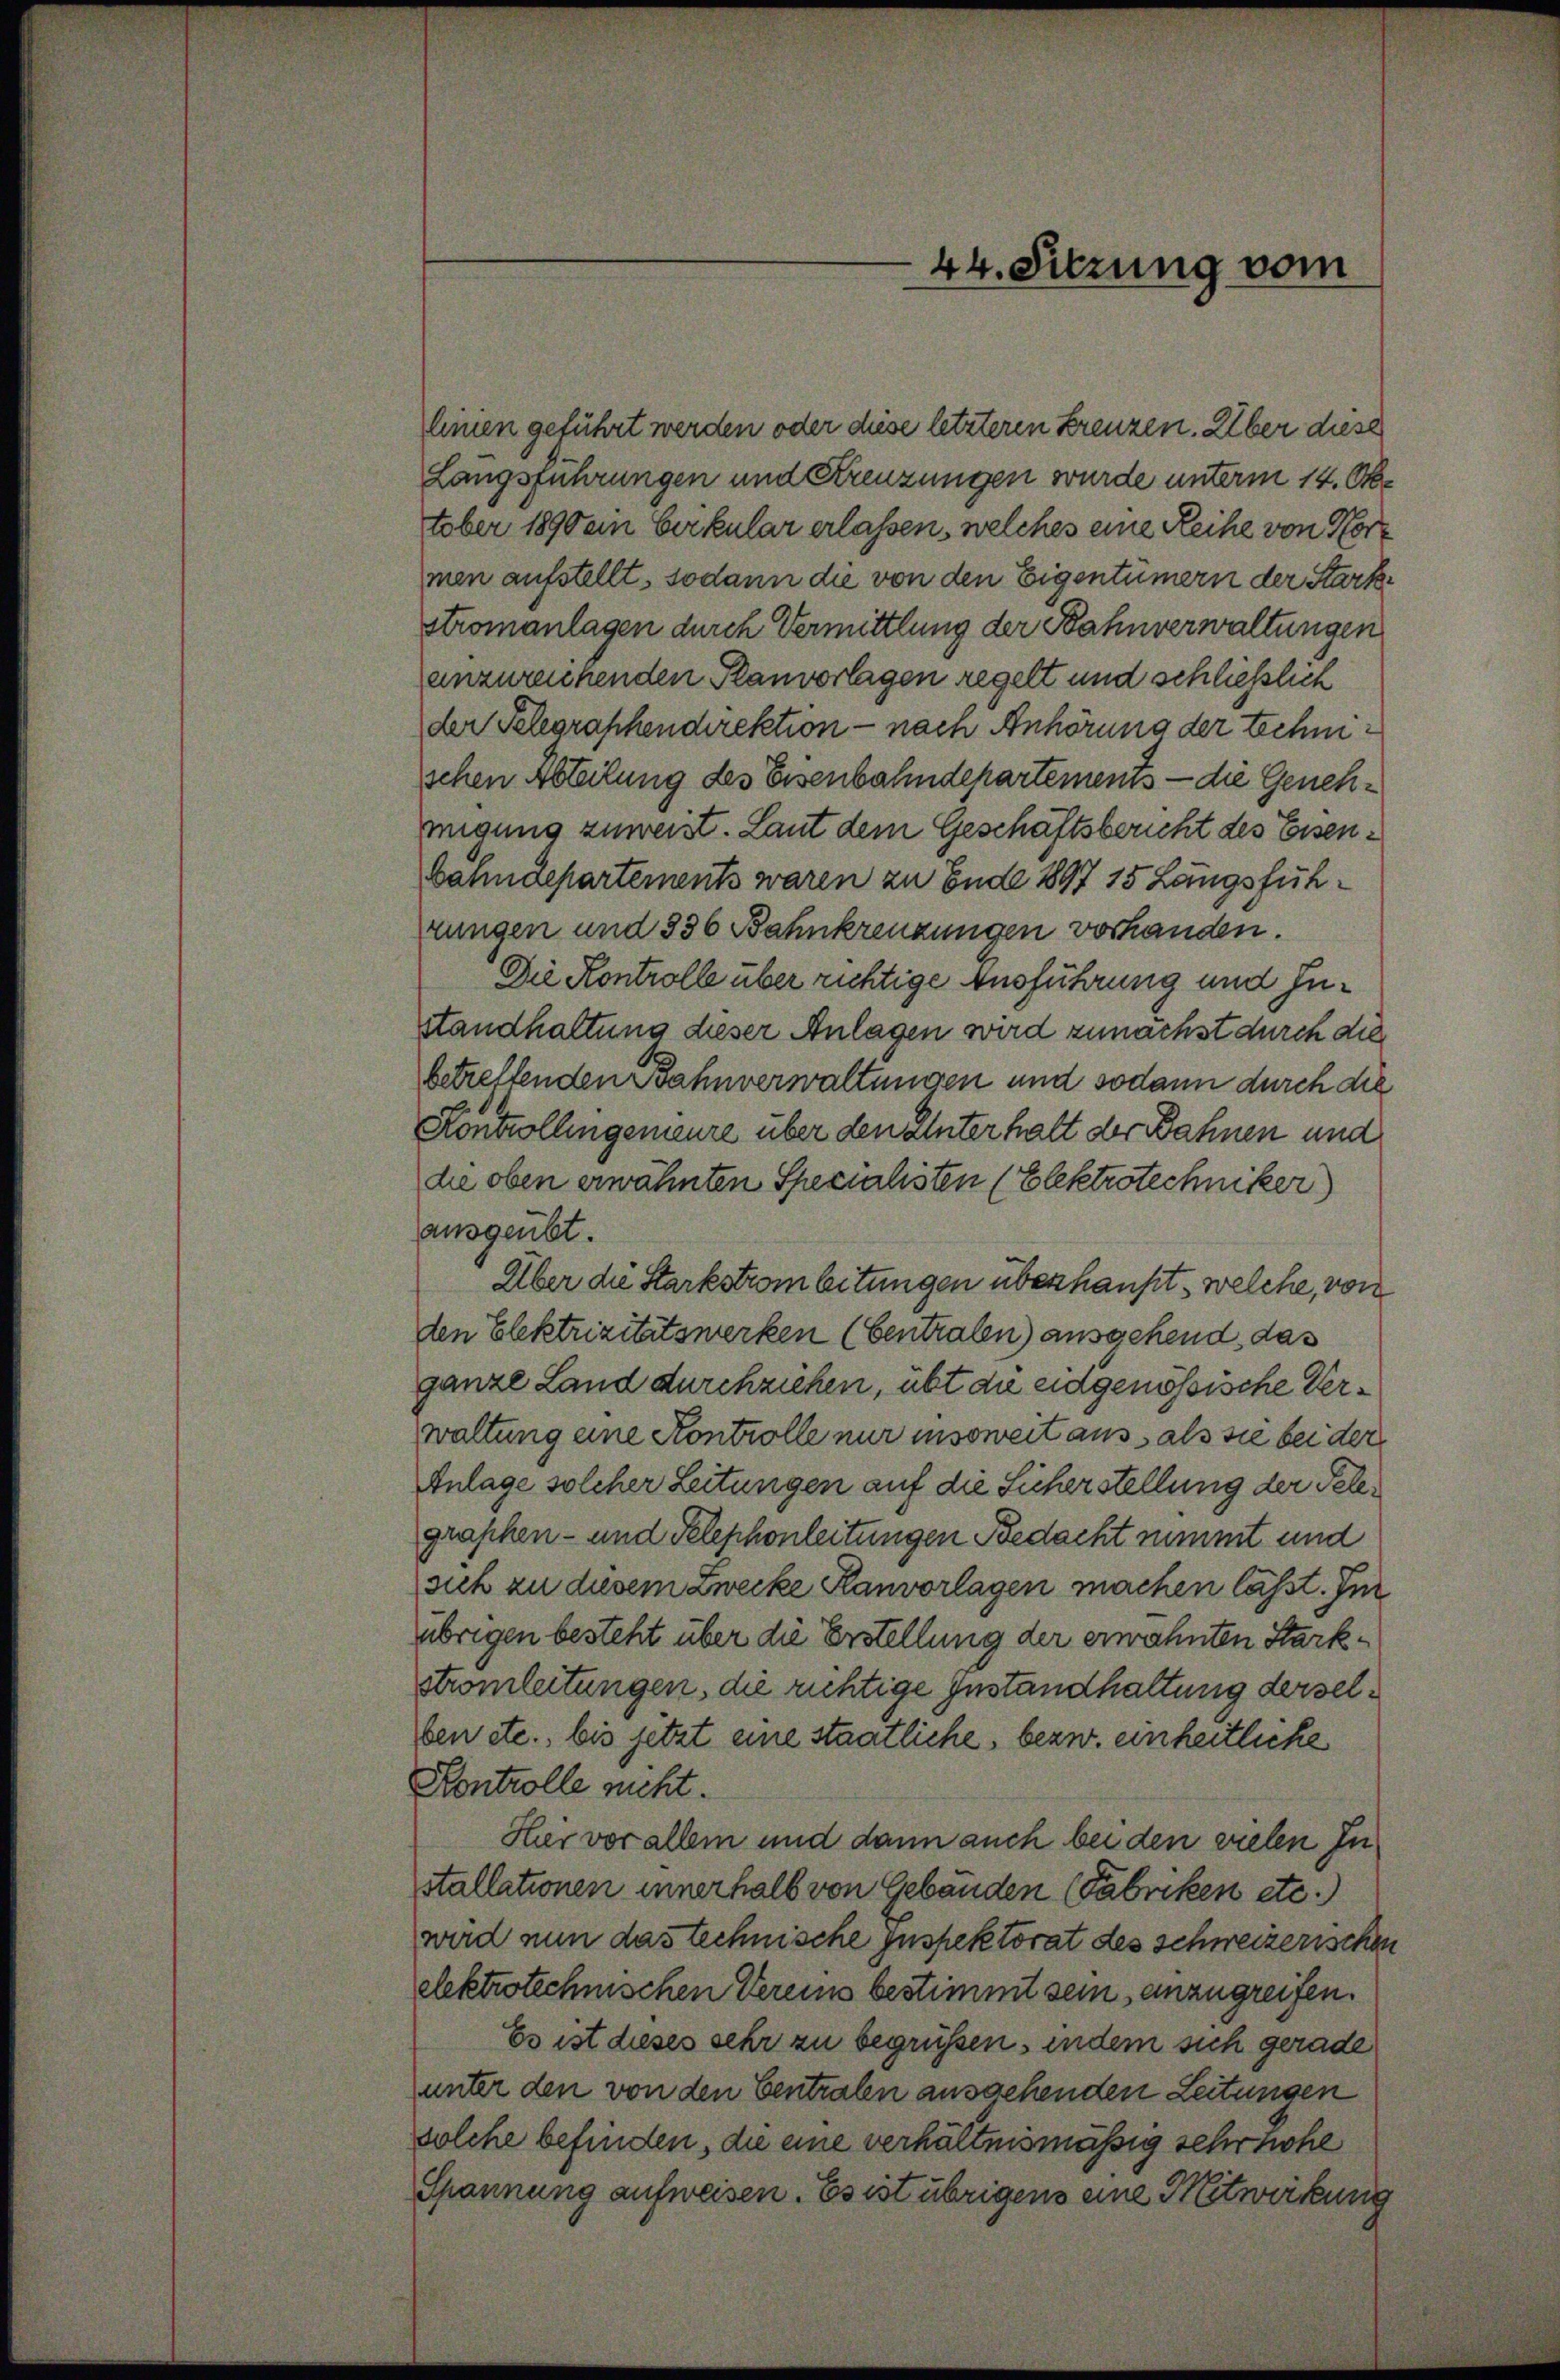
linien geführt werden oder diese letzteren Kreuzen. Über diese
Langsführungen und Kreuzungen wurde unterm 14. Oktober 1890 ein Cirkular erlassen, welches eine Reihe von Hormen aufstellt, sodann die von den Eigentümern der Starkstromanlagen durch Vermittlung der Bahnverwaltungen
anzureichenden Planvorlagen regelt und schließlich
der Telegraphendirektion - nach Anhörung der technischen Abteilung des Eisenbahndepartements — die Genehmigung zuweist. Laut dem Geschäftsbericht des Eisen¬
Bahndepartements waren zu Ende 1897 15 Längsfühzungen und 336 Bahnkreuzungen vorhanden.
Die Kontrolle über richtige Ausführung und Instandhaltung dieser Anlagen wird zunächst durch die
betreffenden Bahnverwaltungen und sodann durch die
Kontrollingemeure über den Unterhalt der Bahnen und
die oben erwähnten Spezialisten (Elektrotechniker
ausgeübt.
Über die Starkstrom beitungen überhaupt, welche, von
den Elektrizitätswerken (bentralen) ausgehend, das
ganze Land durchziehen, übt die eidgenössische Verwaltung eine Kontrolle nur insoweit aus als sie bei der
Anlage solcher Leitungen auf die Sicherstellung der Telegraphen- und Telephonleitungen Bedacht nimmt und
sich zu diesem Zwecke Planvorlagen machen lässt. Im
übrigen besteht über die Erstellung der ermahnten Starkstromleitungen, die richtige Instandhaltung derselben etc., bis jetzt eine staatliche, bezw. einheitliche
Kontrolle nicht.
Her vor allem und dann auch bei den vielen Installationen innerhalb von Gebäuden (Fabriken etc.)
wird nun das technische Inspektorat des schweizerischen
elektrotechnischen Vereins bestimmt sein anzugreifen.
Es ist dieses sehr zu begrüßen, indem sich gerade
unter den von den Centralen ausgehenden Leitungen
solche befinden, die eine verhältnismässig sehr hohe
Spannung aufweisen. Es ist übrigens eine Mitwirkung

44. Sitzung vom